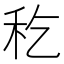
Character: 𥝖